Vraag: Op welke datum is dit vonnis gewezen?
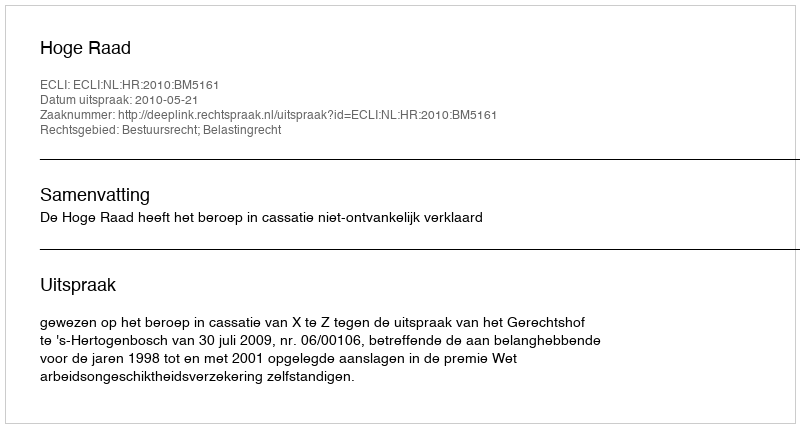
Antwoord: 2010-05-21